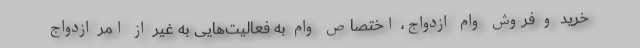
خرید و فروش وام ازدواج، اختصاص وام به فعالیت‌هایی به غیر از امر ازدواج